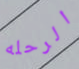
الرحله